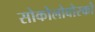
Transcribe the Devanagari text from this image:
सोकोलोवोस्को